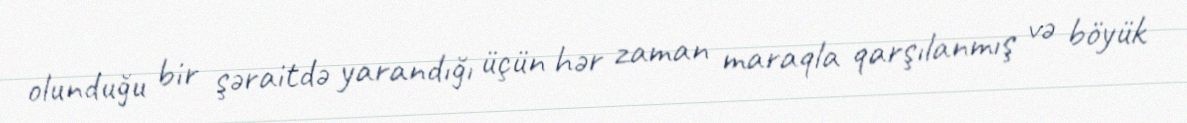
olunduğu bir şəraitdə yarandığı üçün hər zaman maraqla qarşılanmış və böyük